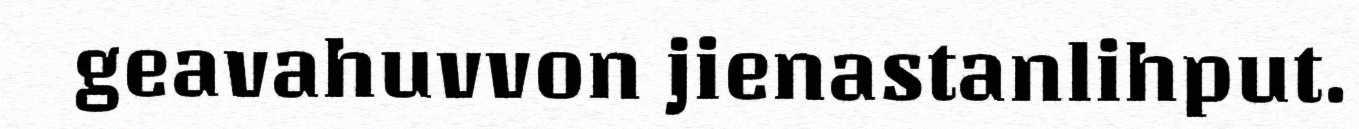
geavahuvvon jienastanlihput.